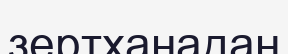
зертханадан